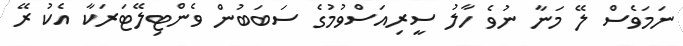
ނަމަވެސް ލޭ މަނާ ނުވެ ހާލު ސީރިއަސްވުމުގެ ސަބަބުން ވެންޓިލޭޓަރަކާ އެކު ރޭ